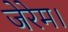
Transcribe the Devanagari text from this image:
जेरेम।